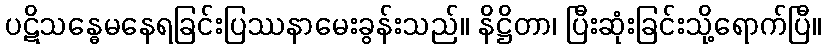
ပဋိသန္ဓေမနေရခြင်းပြဿနာမေးခွန်းသည်။ နိဋ္ဌိတာ၊ ပြီးဆုံးခြင်းသို့ရောက်ပြီ။